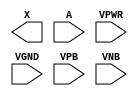
module sky130_fd_sc_ms__dlymetal6s4s (
    X   ,
    A   ,
    VPWR,
    VGND,
    VPB ,
    VNB
);

    output X   ;
    input  A   ;
    input  VPWR;
    input  VGND;
    input  VPB ;
    input  VNB ;
endmodule